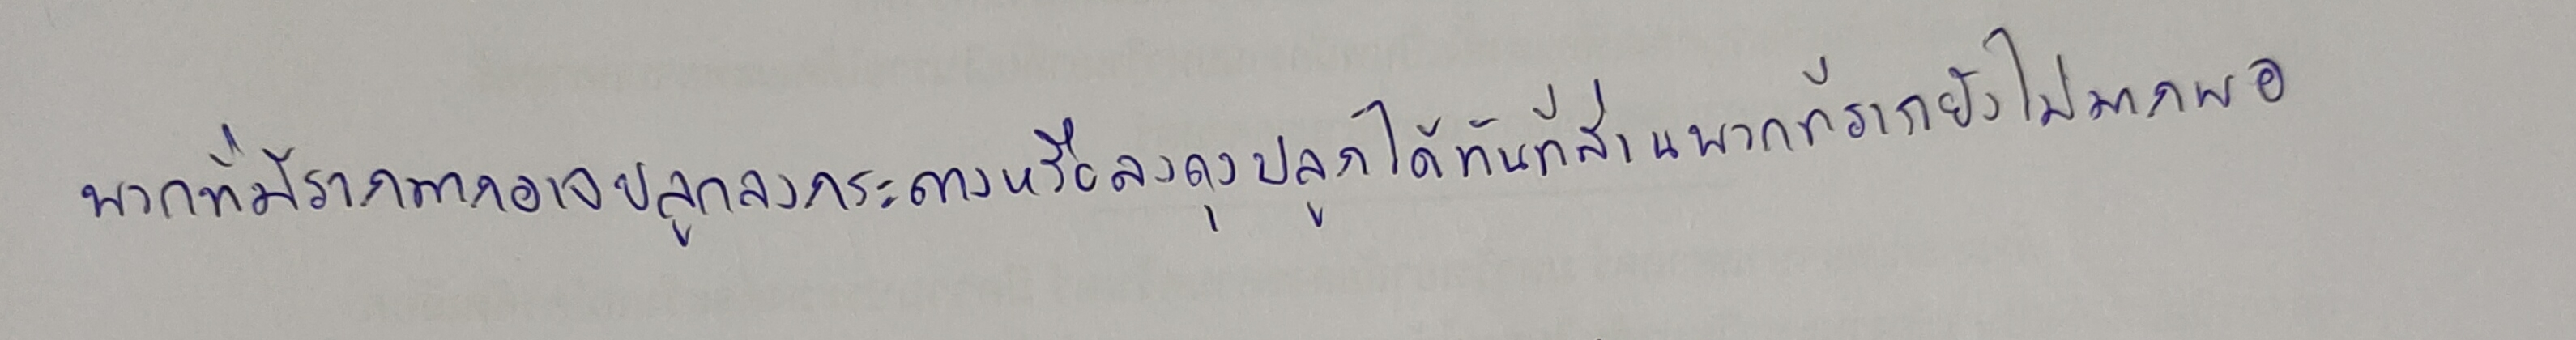
พวกที่มีรากมากอาจปลูกลงกระถางหรือลงถุงปลูกได้ทันทีส่วนพวกที่รากยังไม่มากพอ